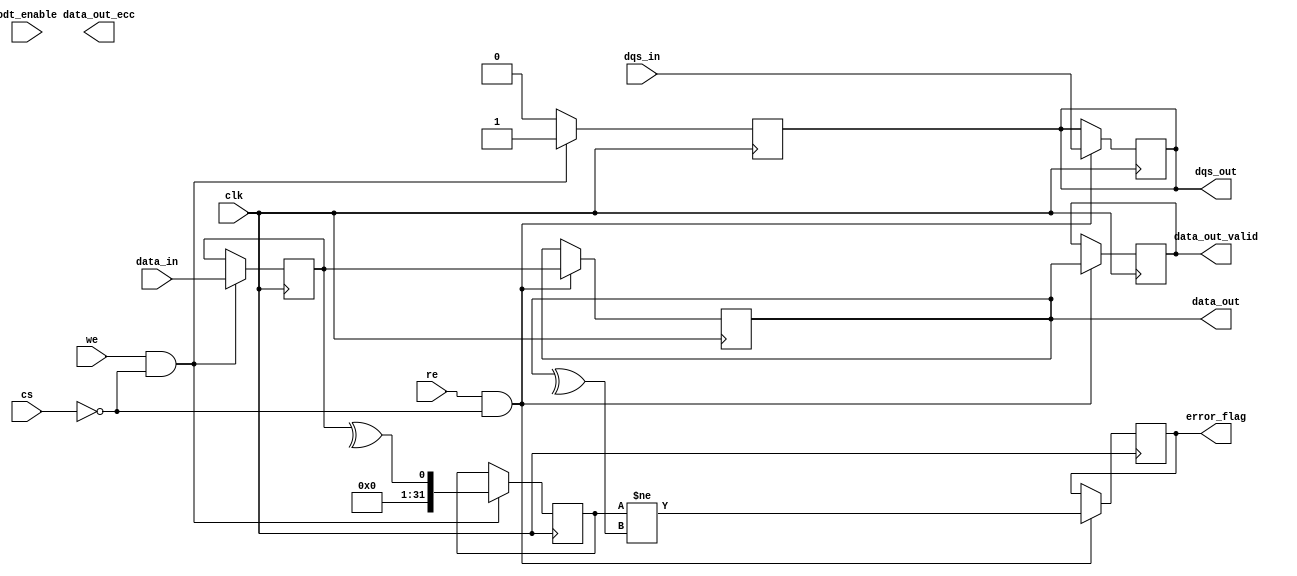
module gddr5_io_block (
    input wire clk,                // Clock input from memory controller
    input wire [31:0] data_in,     // Data input from memory controller (32 bits)
    output reg [31:0] data_out,     // Data output to memory controller (32 bits)
    input wire dqs_in,             // DQS input during read operations
    output reg dqs_out,            // DQS output during write operations
    input wire cs,                 // Chip Select
    input wire we,                 // Write Enable
    input wire re,                 // Read Enable
    output reg [31:0] data_out_valid, // Valid data output
    output reg error_flag,         // Error flag for ECC or parity
    input wire odt_enable,         // On-die termination enable
    output reg [31:0] data_out_ecc  // Data output with ECC
);

// Internal signals
reg [31:0] data_buffer;
reg [31:0] ecc_buffer;

// Write operation
always @(posedge clk) begin
    if (we && !cs) begin
        data_buffer <= data_in; // Capture incoming data
        dqs_out <= 1'b1;        // Assert DQS for write
        // ECC generation (simple parity for demonstration)
        ecc_buffer <= ^data_buffer; // Simple parity bit
    end else begin
        dqs_out <= 1'b0;        // Deassert DQS
    end
end

// Read operation
always @(posedge clk) begin
    if (re && !cs) begin
        data_out <= data_buffer; // Output the buffered data
        data_out_valid <= data_out; // Indicate valid data output
        dqs_out <= dqs_in;      // Pass DQS input to output
        // Error checking (simple parity check for demonstration)
        error_flag <= (ecc_buffer != ^data_out); // Check for errors
    end
end

// On-die termination control
always @(posedge clk) begin
    if (odt_enable) begin
        // Implement termination logic here
    end
end

endmodule